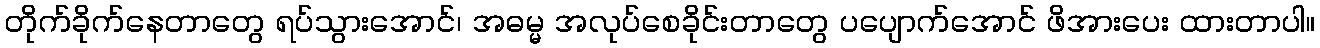
တိုက်ခိုက်နေတာတွေ ရပ်သွားအောင်၊ အဓမ္မ အလုပ်စေခိုင်းတာတွေ ပပျောက်အောင် ဖိအားပေး ထားတာပါ။